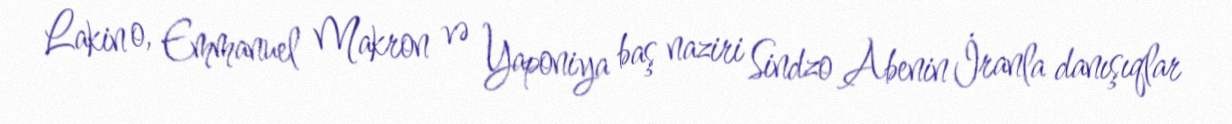
Lakin o, Emmanuel Makron və Yaponiya baş naziri Sindzo Abenin İranla danışıqlar